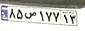
۸۵ص۱۷۷۱۳